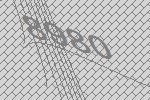
8980